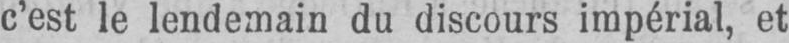
c’est le lendemain du discours impérial, et